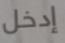
إدخل